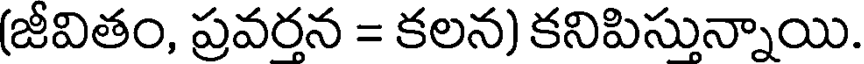
(జీవితం, ప్రవరన = కలన) కనిపిసున్నాయి.